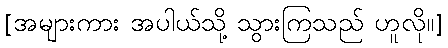
[အများကား အပါယ်သို့ သွားကြသည် ဟူလို။]